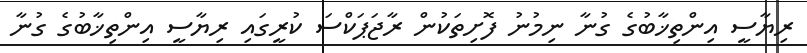
ރިޔާސީ އިންތިޚާބުގެ ގުނާ ނިމުނު ފޮށިތަކުން ރާޖަޕަކްސަ ކުރީގައި ރިޔާސީ އިންތިޚާބުގެ ގުނާ